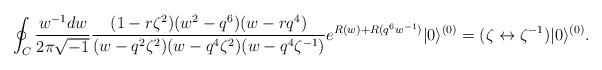
LaTeX: \begin{align*}\oint_{C} \frac{w^{-1}dw}{2\pi\sqrt{-1}} \frac{(1-r\zeta^2)(w^2-q^6)(w-rq^4)} {(w-q^2\zeta^2)(w-q^4\zeta^2)(w-q^4\zeta^{-1})} e^{R(w)+R(q^6 w^{-1})} |0\rangle^{(0)} = (\zeta \leftrightarrow \zeta^{-1}) |0\rangle^{(0)}.\end{align*}